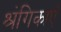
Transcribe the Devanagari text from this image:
श्रंगिकाएँ